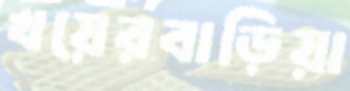
খয়েরবাড়িয়া